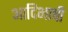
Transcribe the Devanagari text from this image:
आदिभाषी